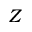
Z